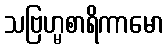
သဗြဟ္မစာရိကာမော